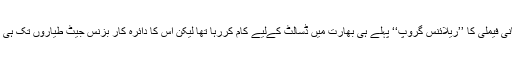
امبانی فیملی کا ’’ریلائنس گروپ‘‘ پہلے ہی بھارت میں ڈسالٹ کےلیے کام کررہا تھا لیکن اس کا دائرہ کار بزنس جیٹ طیاروں تک ہی تھا۔